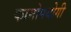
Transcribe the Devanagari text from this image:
कामोपयोगी